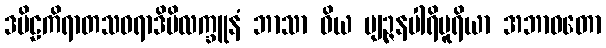
ဒမိဠကိရာတသဝရာဒိမိလက္ခူနံ ဘာသာ ဝိယ ဗျဉ္ဇနပါရိပူရိယာ အဘာဝတော